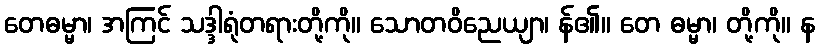
တေဓမ္မာ၊ အကြင် သဒ္ဒါရုံတရားတို့ကို။ သောတဝိညေယျာ၊ န်၏။ တေ ဓမ္မာ၊ တို့ကို။ န